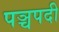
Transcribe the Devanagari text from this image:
पञ्चपदी